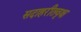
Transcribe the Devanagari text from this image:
सदाहरीतवृक्ष